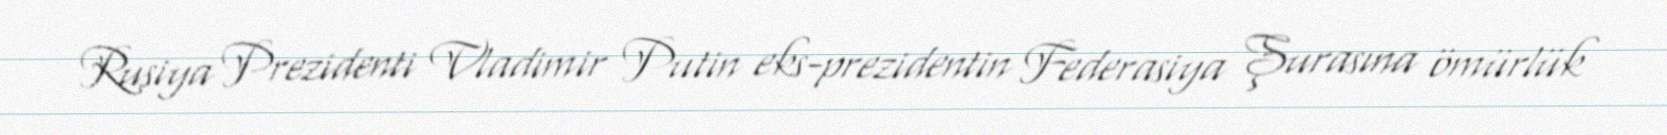
Rusiya Prezidenti Vladimir Putin eks-prezidentin Federasiya Şurasına ömürlük